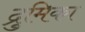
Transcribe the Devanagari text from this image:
द्रुमिका